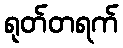
ရုတ်တရက်